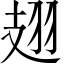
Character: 翅